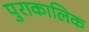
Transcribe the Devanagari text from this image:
पुराकालिक